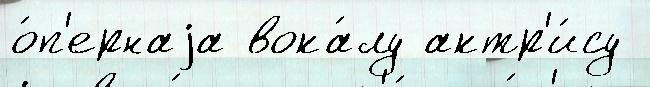
о́п'ернаjа вока́лу актр'и́су